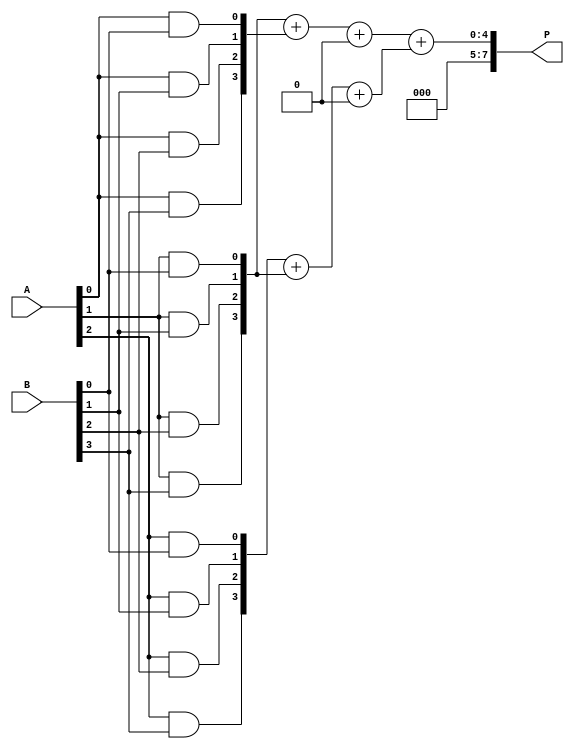
module WallaceTreeMultiplier #(parameter n = 4) (
    input [n-1:0] A,
    input [n-1:0] B,
    output reg [2*n-1:0] P
);

// Generate partial products
wire [n-1:0] pp[n-1:0]; // Partial products
genvar i, j;
generate
    for (i = 0; i < n; i = i + 1) begin : partial_products
        for (j = 0; j < n; j = j + 1) begin : pp_gen
            assign pp[i][j] = A[i] & B[j];
        end
    end
endgenerate

// Wallace tree adder stages
wire [2*n-1:0] sum [0:n-1]; // Sum at each level
wire [n-1:0] carry [0:n-1]; // Carry out at each level

// Stage 1: Grouping and adding
generate
    for (i = 0; i < n; i = i + 1) begin : stage1
        if (i > 0) begin
            // Add previous carries to the current stage sums
            assign {carry[i], sum[i]} = pp[i] + pp[i-1] + {1'b0, carry[i-1]};
        end else begin
            assign {carry[i], sum[i]} = {1'b0, pp[i]};
        end
    end
endgenerate

// Stage 2: Continue reduction
wire [n-1:0] sum_out;
wire carry_out;

// Final addition stage
assign {carry_out, sum_out} = sum[1] + sum[2];

// Output the final product
always @(*) begin
    P = {carry_out, sum_out}; // Concatenating final sum and carry
end

endmodule